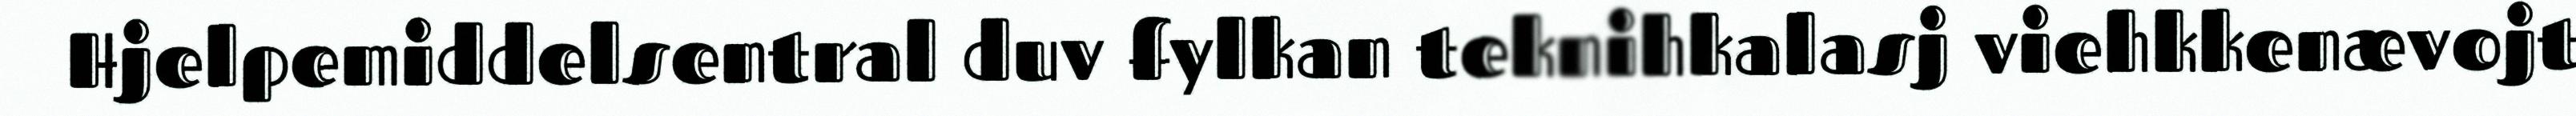
Hjelpemiddelsentral duv fylkan teknihkalasj viehkkenævojt